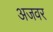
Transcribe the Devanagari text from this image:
अजवर